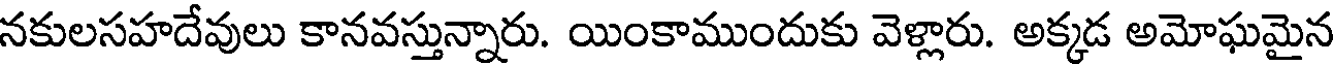
నకులసహదేవులు కానవస్తున్నారు. యింకాముందుకు వెళ్లారు. అక్కడ అమోఘమైన